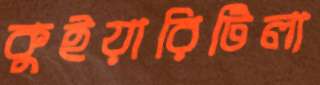
কুইয়ারিটিলা